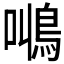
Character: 𱈠